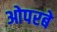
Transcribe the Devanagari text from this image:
ओपरबे